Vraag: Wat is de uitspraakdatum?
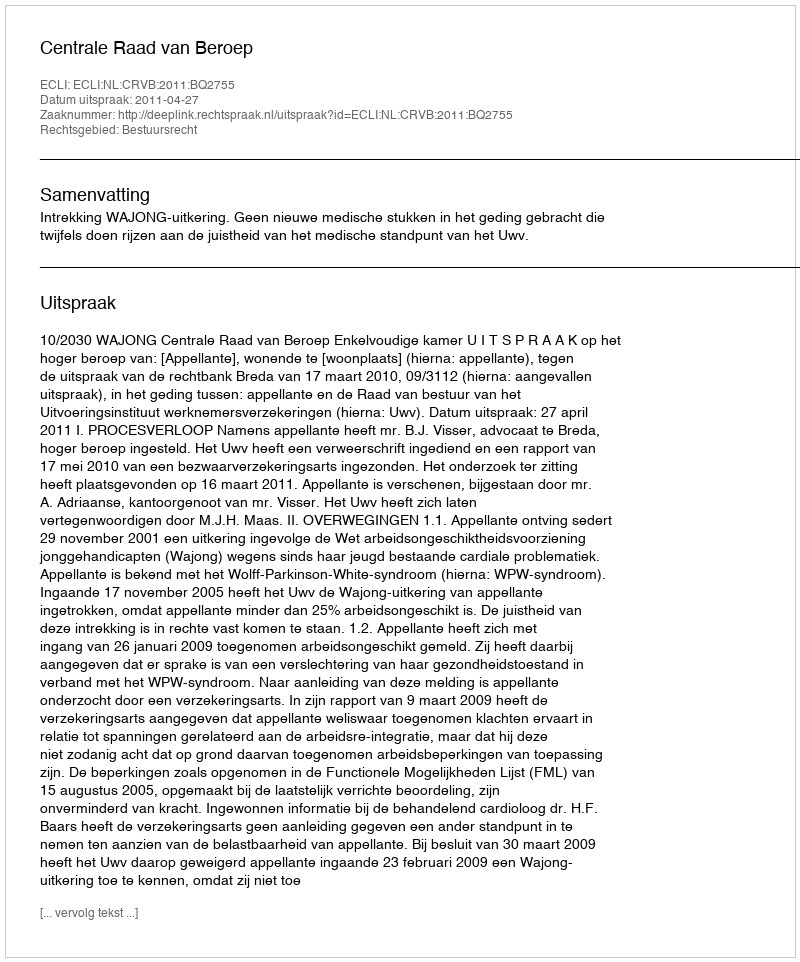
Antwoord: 2011-04-27